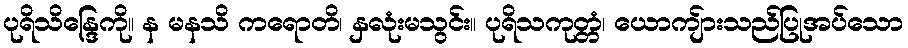
ပုရိသိန္ဒြေကို။ န မနသိ ကရောတိ၊ နှလုံးမသွင်း။ ပုရိသကုတ္တံ၊ ယောကျ်ားသည်ပြုအပ်သော